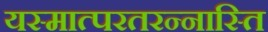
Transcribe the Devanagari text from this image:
यस्मात्परतरन्नास्ति